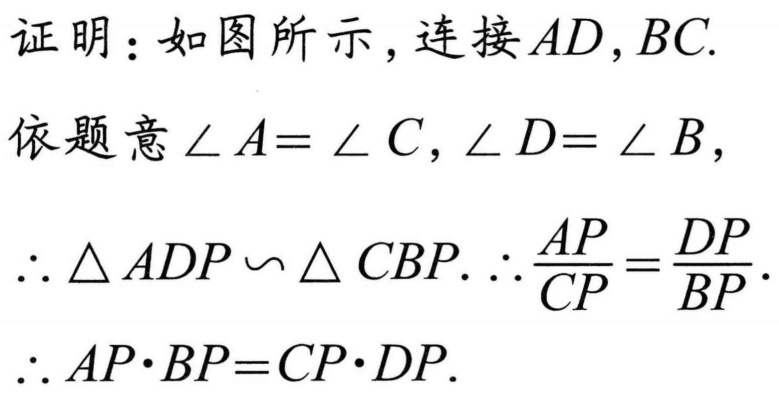
证明：如图所示，连接\(AD,BC\).
依题意\(\angle A=\angle C,\angle D=\angle B\)，
\(\therefore\triangle ADP\backsim\triangle CBP.\ \therefore\frac{AP}{CP}=\frac{DP}{BP}\).
\(\therefore AP\cdot BP = CP\cdot DP\).